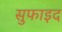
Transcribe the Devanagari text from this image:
सुफाइद